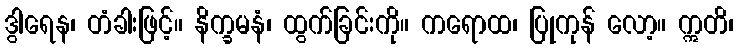
ဒွါရေန၊ တံခါးဖြင့်။ နိက္ခမနံ၊ ထွက်ခြင်းကို။ ကရောထ၊ ပြုကုန် လော့။ ဣတိ၊